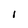
Character: I